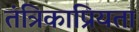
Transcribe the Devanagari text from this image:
तंत्रिकाप्रियता